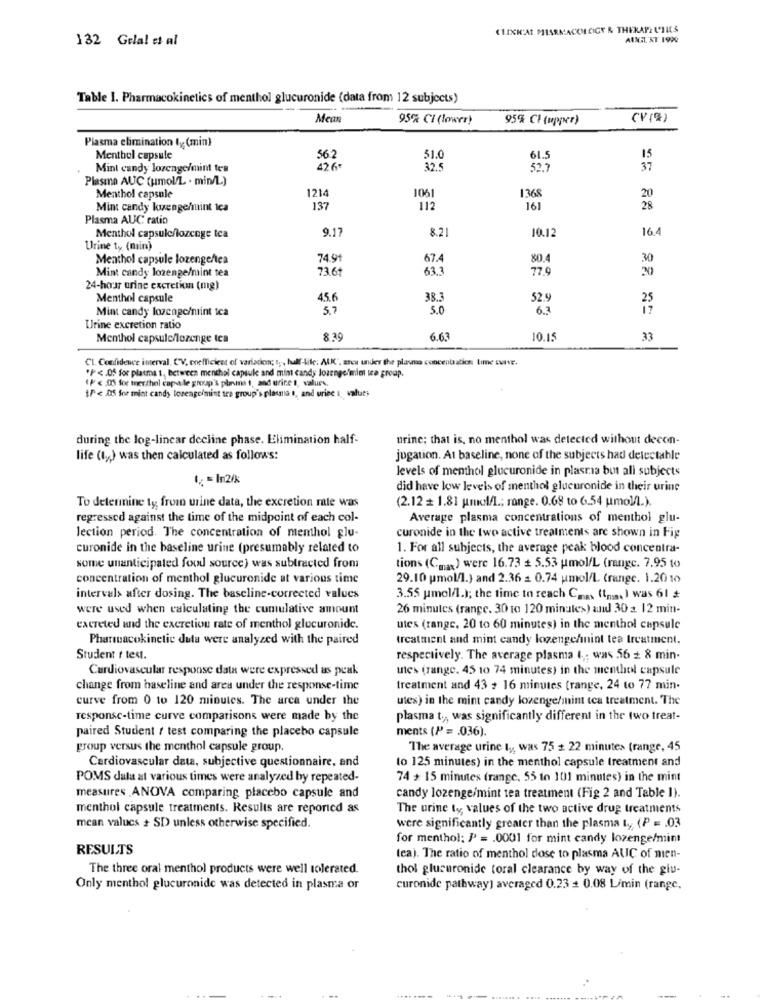
CLIXN'AI MIARMACKH CIGE & THERAPEUTICS
132 Gelal et al
Table 1. Pharmacokinetics of menthol glucuronide (data from 12 subjects)
Mean
95% CI (lower)
95% CH (upper)
(V (%)
Plasma elimination ly (min}
Menthol capsule
56.2
51.0
61.5
15
Mint candy lozenye/mint tes
426 "
32.5
52.7
37
Plasma AUC (umol/L . min/L)
121
136
Menthol capsule
1061
20
Mint candy kuengenuint Ica
137
112
161
28
Plasma AUC ratio
9.17
8.21
10.12
16.4
Menthol capsule/lozenge tea
Urine ty (min)
Menthol capsule lozengeftea
74.91
67.4
80.4
30
Mint candy lozenge/mint tea
73.61
63.3
77.9
20
24-hour urine excretion (mg)
Menthol capsule
45.6
38.3
52.9
Mint candy lozengc/mint tea
5.7
5.0
6.3
Urine excretion ratio
Menthol capsule/lozenge tea
8.35
6.63
10.15
33
CL Confidence interval. CV, coefficient of variation; t ,, half-life: AUKC. area under the plasma concentratics, time outVE.
"P <. 05 for plasma t, between menthal capsule and mint candy lozengefmiet ia group.
( P < 15 for mexthel capa le group's planet, and urine 1, values.
1/ e .05 for mint candy torengelmint tea group's plasnia s, and uriec i, valut;
during the log-linear decline phase. Elimination half-
urine; that is, no menthol was detected without decon-
life (ty,) was then calculated as follows:
jugation. At baseline, none of the subjects had delectable
levels of menthol glucuronide in plasraa but all subjects
did have low levels of menthol glucuronide in their urine
(2.12 + 1.81 pmol/l .; range. 0.68 to 6.54 umol/L.).
To determine ty, from urine data, the excretion rale was
regressed against the time of the midpoint of each col-
Average plasma concentrations of menthol glu-
lection period. The concentration of menthol glu-
curonide in the two active treatments are shown in Fig
curonide in the baseline urine (presumably related to
1. For all subjects, the average peak blood concentra-
some unanticipated food source) was subtracted from
tions (Ca) were 16.73 + 5.53 umol/L (rangc. 7.95 to
concentration of menthol glucuronide at various time
29.10 pmol/l.) and 2.36 = 0.74 umol/L. (range. 1.2010
intervals after dosing. The baseline-corrected values
3.55 umol/l.); the time to reach Cass (tn ) was 61 $
were used when calculating the cumulative amount
26 minutes (range. 30 to 120 minutes) and 30 2 12 min-
excreted and the excretion rate of menthol glucuronide.
utes (range, 20 to 60 minutes) in the menthol capsule
Pharmacokinetic dula were analyzed with the paired
treatment and mint candy lozenge/mint tea treatment.
Student t test.
respectively. The average plasma 1; was 56 - 8 min.
Cardiovascular response data were expressed as peak
utes (range. 45 10 74 minutes) in the menthol capsule
change from baseline and area under the response-time
treatment and 43 + 16 minutes (range, 24 to 77 min-
curve from 0 to 120 minutes. The area under the
utes) in the mint candy lozenge/mint tea treatment. The
response-time curve comparisons were made by the
plasma t .,, was significantly different in the two treat-
paired Student / test comparing the placebo capsule
ments (P = . 036).
group versus the menthol capsule group.
The average urine ty, was 75 # 22 minutes (range, 45
Cardiovascular data, subjective questionnaire, and
to 125 minutes) in the menthol capsule treatment and
POMS dala at various times were analyzed by repeated-
74 + 15 minutes (range, 55 to 101 minutes) in the mint
measures ANOVA comparing placebo capsule and
candy lozenge/mint tea treatment (Fig 2 and Table 1).
menthol capsule treatments. Results are reporicd as
The urine ty values of the two active drug treatments
mean values + SD unless otherwise specified.
were significantly greater than the plasma & (P = . 03
for menthol: P = . 0001 for mint candy lozenge/mint
RESULTS
tea). The ratio of menthol dose to plasma AUC of men-
The three oral menthol products were well tolerated.
thol glucuronide toral clearance by way of the glu-
Only menthol glucuronide was detected in plasma or
curonide pathway) averaged 0.23 = 0.08 L/min (range,